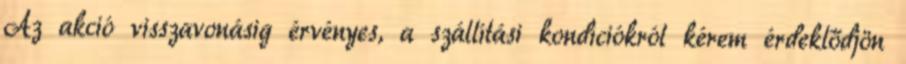
Az akció visszavonásig érvényes, a szállítási kondíciókról kérem érdeklődjön